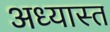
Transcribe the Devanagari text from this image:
अध्यास्त